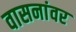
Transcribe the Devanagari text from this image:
वासनांवर